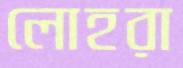
লোহরা